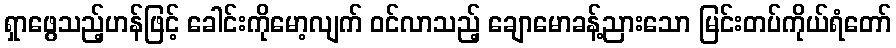
ရှာဖွေသည့်ဟန်ဖြင့် ခေါင်းကိုမော့လျက် ဝင်လာသည့် ချောမောခန့်ညားသော မြင်းတပ်ကိုယ်ရံတော်